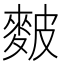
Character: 麬